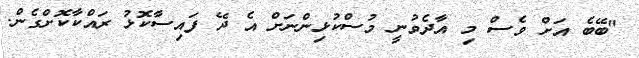
"ބޭބެ އަށް ވެސް މި އާދެވުނީ މުސްކުޅިންނަށް އެ ދޭ ފައިސާކޮޅު ރައްކާކޮށްގެން.